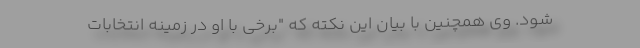
شود. وی همچنین با بیان این نکته که "برخی با او در زمینه انتخابات